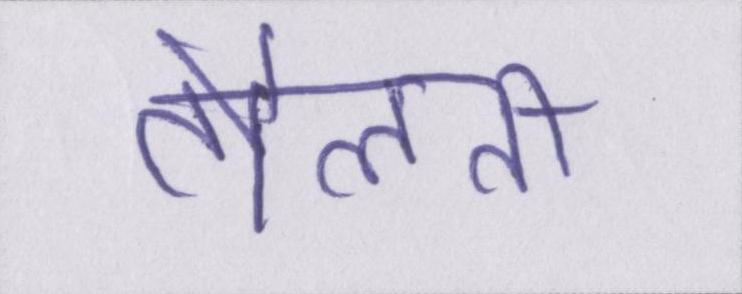
तौलती